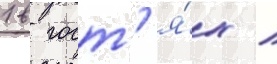
1 в гост'я́х /